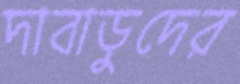
দাবাড়ুদের